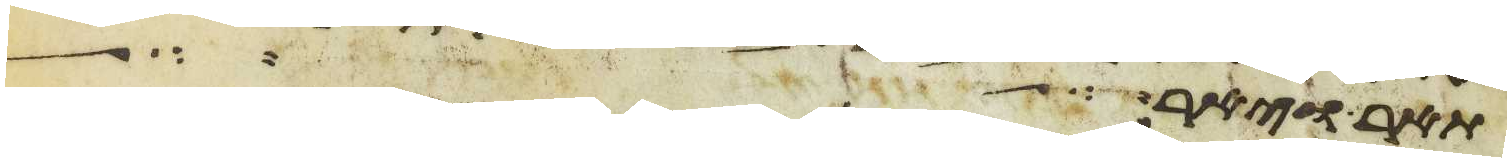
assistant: תאר ויאר